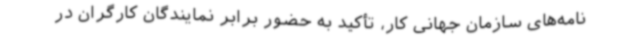
نامه‌های سازمان جهانی کار، تأکید به حضور برابر نمایندگان کارگران در